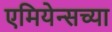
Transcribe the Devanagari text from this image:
एमियेन्सच्या